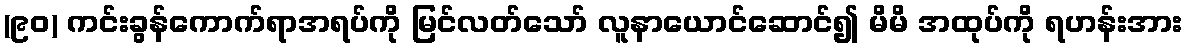
(၉၀) ကင်းခွန်ကောက်ရာအရပ်ကို မြင်လတ်သော် လူနာယောင်ဆောင်၍ မိမိ အထုပ်ကို ရဟန်းအား